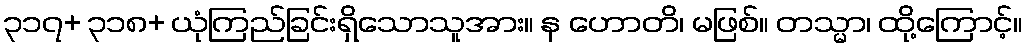
၃၁၇+ ၃၁၈+ ယုံကြည်ခြင်းရှိသောသူအား။ န ဟောတိ၊ မဖြစ်။ တသ္မာ၊ ထို့ကြောင့်။